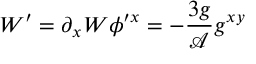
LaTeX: W ^ { \prime } = \partial _ { x } W \phi ^ { \prime x } = - \frac { 3 g } { \mathcal { A } } g ^ { x y }